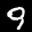
Label: 9